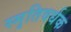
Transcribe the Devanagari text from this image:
स्मृतिवर्धक